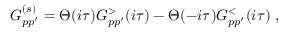
G _ { p p ^ { \prime } } ^ { ( s ) } = \Theta ( i \tau ) G _ { p p ^ { \prime } } ^ { > } ( i \tau ) - \Theta ( - i \tau ) G _ { p p ^ { \prime } } ^ { < } ( i \tau ) \; ,